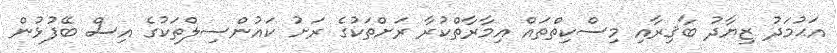
އަޙުމަދު ޒިޔާދު ބާޤިރާއި މިސްކިތްތައް އިމާރާތްކުރާ ރަށްތަކުގެ ރަށު ކައުންސިލްތަކުގެ އިސް ބޭފުޅުން